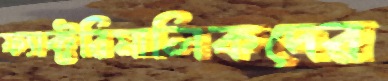
ফ্যাক্টরিমালিকদের